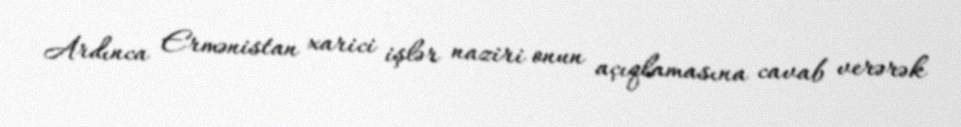
Ardınca Ermənistan xarici işlər naziri onun açıqlamasına cavab verərək